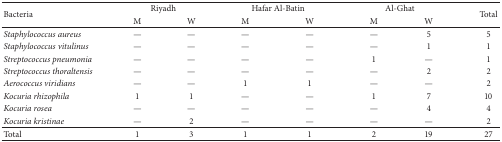
<table><thead><tr><td rowspan="2"><b>Bacteria</b></td><td colspan="2"><b> Riyadh</b></td><td colspan="2"><b> Hafar Al-Batin</b></td><td colspan="2"><b> Al-Ghat</b></td><td rowspan="2"><b>Total</b></td></tr><tr><td><b>M</b></td><td><b>W</b></td><td><b>M</b></td><td><b>W</b></td><td><b>M</b></td><td><b>W</b></td></tr></thead><tbody><tr><td><i>Staphylococcus aureus</i></td><td>—</td><td>—</td><td>—</td><td>—</td><td>—</td><td>5</td><td>5</td></tr><tr><td><i>Staphylococcus vitulinus</i></td><td>—</td><td>—</td><td>—</td><td>—</td><td>—</td><td>1</td><td>1</td></tr><tr><td><i>Streptococcus pneumonia</i></td><td>—</td><td>—</td><td>—</td><td>—</td><td>1</td><td>—</td><td>1</td></tr><tr><td><i>Streptococcus thoraltensis </i></td><td>—</td><td>—</td><td>—</td><td>—</td><td>—</td><td>2</td><td>2</td></tr><tr><td><i>Aerococcus viridians</i></td><td>—</td><td>—</td><td>1</td><td>1</td><td>—</td><td>—</td><td>2</td></tr><tr><td><i>Kocuria rhizophila</i></td><td>1</td><td>1</td><td>—</td><td>—</td><td>1</td><td>7</td><td>10</td></tr><tr><td><i>Kocuria rosea</i></td><td>—</td><td>—</td><td>—</td><td>—</td><td>—</td><td>4</td><td>4</td></tr><tr><td><i>Kocuria kristinae</i></td><td>—</td><td>2</td><td>—</td><td>—</td><td>—</td><td>—</td><td>2</td></tr><tr><td>Total</td><td>1</td><td>3</td><td>1</td><td>1</td><td>2</td><td>19</td><td>27</td></tr></tbody></table>